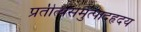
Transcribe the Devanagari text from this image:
प्रतीत्यसमुत्पादहृदय